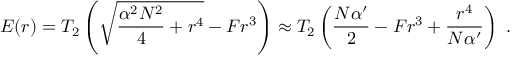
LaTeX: E ( r ) = T _ { 2 } \left( \sqrt { { \frac { \alpha ^ { 2 } N ^ { 2 } } { 4 } } + r ^ { 4 } } - F r ^ { 3 } \right) \approx T _ { 2 } \left( { \frac { N \alpha ^ { \prime } } { 2 } } - F r ^ { 3 } + { \frac { r ^ { 4 } } { N \alpha ^ { \prime } } } \right) \ .